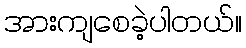
အားကျစေခဲ့ပါတယ်။